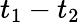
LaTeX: t_{1}-t_{2}